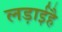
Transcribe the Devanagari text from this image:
लड़ाईहै